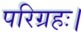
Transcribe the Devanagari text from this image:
परिग्रहः।